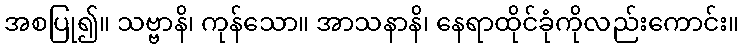
အစပြု၍။ သဗ္ဗာနိ၊ ကုန်သော။ အာသနာနိ၊ နေရာထိုင်ခုံကိုလည်းကောင်း။